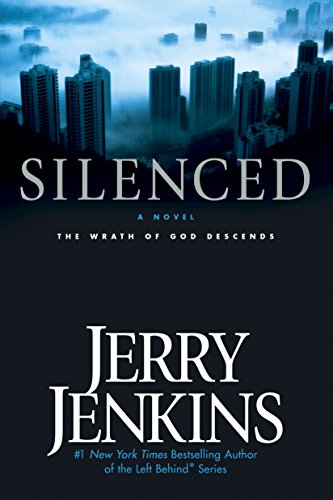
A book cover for Silenced: The Wrath of God Descends (Underground Zealot Series, Book 2); Jerry B. Jenkins; Christian Books & Bibles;